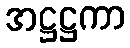
အဋ္ဌဋ္ဌကာ